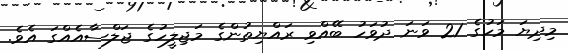
މިދިޔަ މަހުގެ 21 ވަނަ ދުވަހު ބޭއްވި ރައްޔިތުންގެ މަޖިލީހުގެ ޖަލްސާއެއްގަ އެވެ.